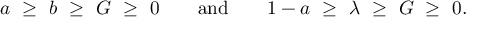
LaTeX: a \ \geq \ b \ \geq \ G \ \geq \ 0 \qquad \mathrm { a n d } \qquad 1 - a \ \geq \ \lambda \ \geq \ G \ \geq \ 0 .